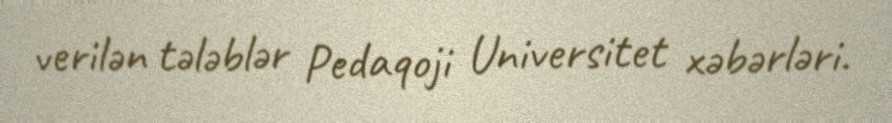
verilən tələblər Pedaqoji Universitet xəbərləri.